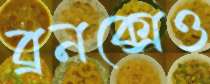
ব্রনক্সেও